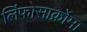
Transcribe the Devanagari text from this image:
लिंफोसार्क्रोमा